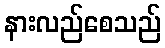
နားလည်စေသည်